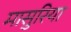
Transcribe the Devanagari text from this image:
मासुरिया